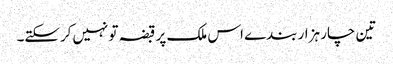
تین چار ہزار بندے اس ملک پر قبضہ تو نہیں‌کرسکتے۔